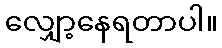
လျှော့နေရတာပါ။